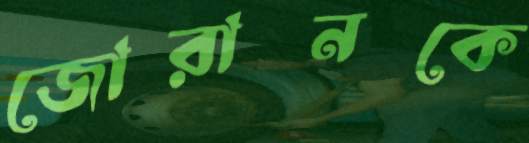
জোরানকে